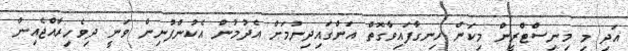
އަދި މި މިނިސްޓްރީން މިކަން ހިނގާފައިވާގޮތް އަންގައިދިނުމަށް އެދުމުން އެކުންފުނިން ވަނީ ދިވެހިރާއްޖެއިން